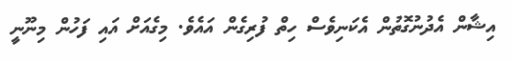
އިޝާން އެދުނުގޮތުން އެކަނިވެސް ހިތް ފުރިގެން އައެވެ. މިގެއަށް އައި ފަހުން މިނޫނީ